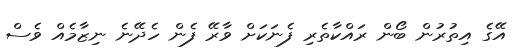
އޭގެ އިތުރުން ބޯން ރައްކާތެރި ފެނަކަށް ވާރޭ ފެން ހެދޭނެ ނިޒާމެއް ވެސް